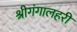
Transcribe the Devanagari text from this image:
श्रीगंगालहरी